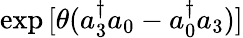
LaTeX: \exp{[\theta(a_{3}^{\dagger}a_{0}-a_{0}^{\dagger}a_{3})]}